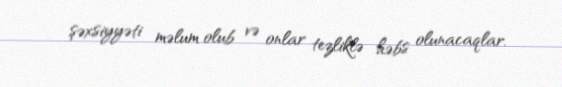
şəxsiyyəti məlum olub və onlar tezliklə həbs olunacaqlar.